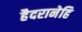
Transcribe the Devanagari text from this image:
हैदरानेहि